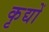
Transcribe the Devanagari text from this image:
कृद्यों